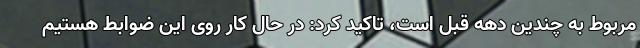
مربوط به چندین دهه قبل است، تاکید کرد: در حال کار روی این ضوابط هستیم